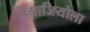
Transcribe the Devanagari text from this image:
डिमाजियोला